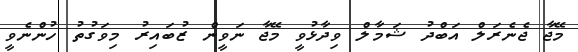
މޭޖާ ޖެނެރަލް އަބްދު ޝަމާލް ވިދާޅުވީ މޭޖާ ނަވީން ޒުބައިރު މިވަގުތު ހުންނެވީ